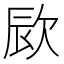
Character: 㰮